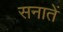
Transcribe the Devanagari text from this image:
सनातें